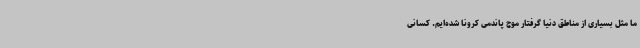
ما مثل بسیاری از مناطق دنیا گرفتار موج پاندمی کرونا شده‌ایم. کسانی